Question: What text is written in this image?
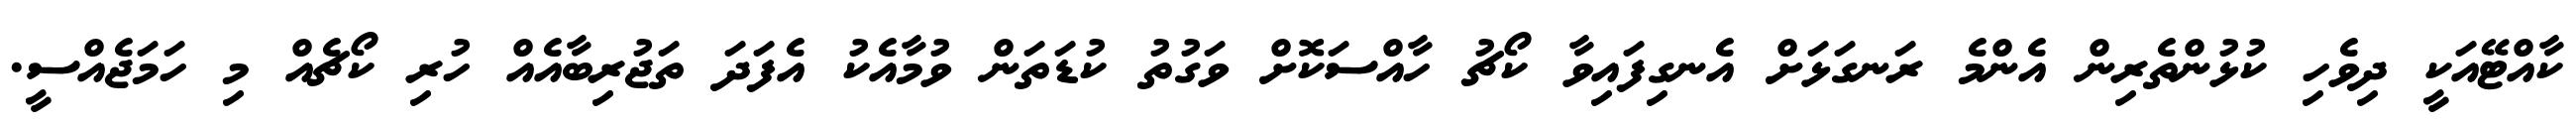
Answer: ކާއްޓޭއަކީ ދިވެހި ކުޅުންތެރިން އެންމެ ރަނގަޅަށް އެނގިފައިވާ ކޯޗު ހާއްސަކޮށް ވަގުތު ކުޑަތަން ވުމާއެކު އެފަދަ ތަޖުރިބާއެއް ހުރި ކޯޗެއް މި ހަމަޖެއްސީ.